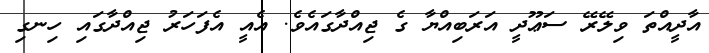
އާދީއްތަ ވިލޭރޭ ސަޢޫދީ އަރަބިއްޔާ ގެ ޖިއްދާގައެވެ. އެއީ އެފަހަރު ޖިއްދާގައި ހިނގި